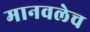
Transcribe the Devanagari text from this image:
मानवलेच